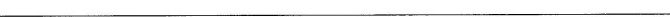
______________